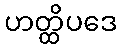
ဟတ္ထိပဒေ